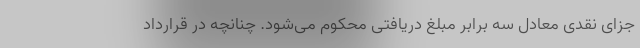
جزای نقدی معادل سه برابر مبلغ دریافتی محکوم می‌شود. چنانچه در قرارداد